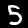
Digit: 5